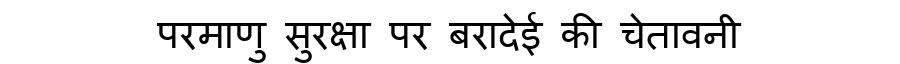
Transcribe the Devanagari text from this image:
परमाणु सुरक्षा पर बरादेई की चेतावनी